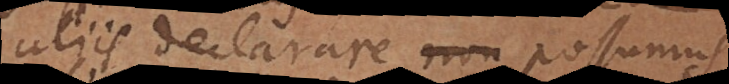
aliis declarare talia possumus,